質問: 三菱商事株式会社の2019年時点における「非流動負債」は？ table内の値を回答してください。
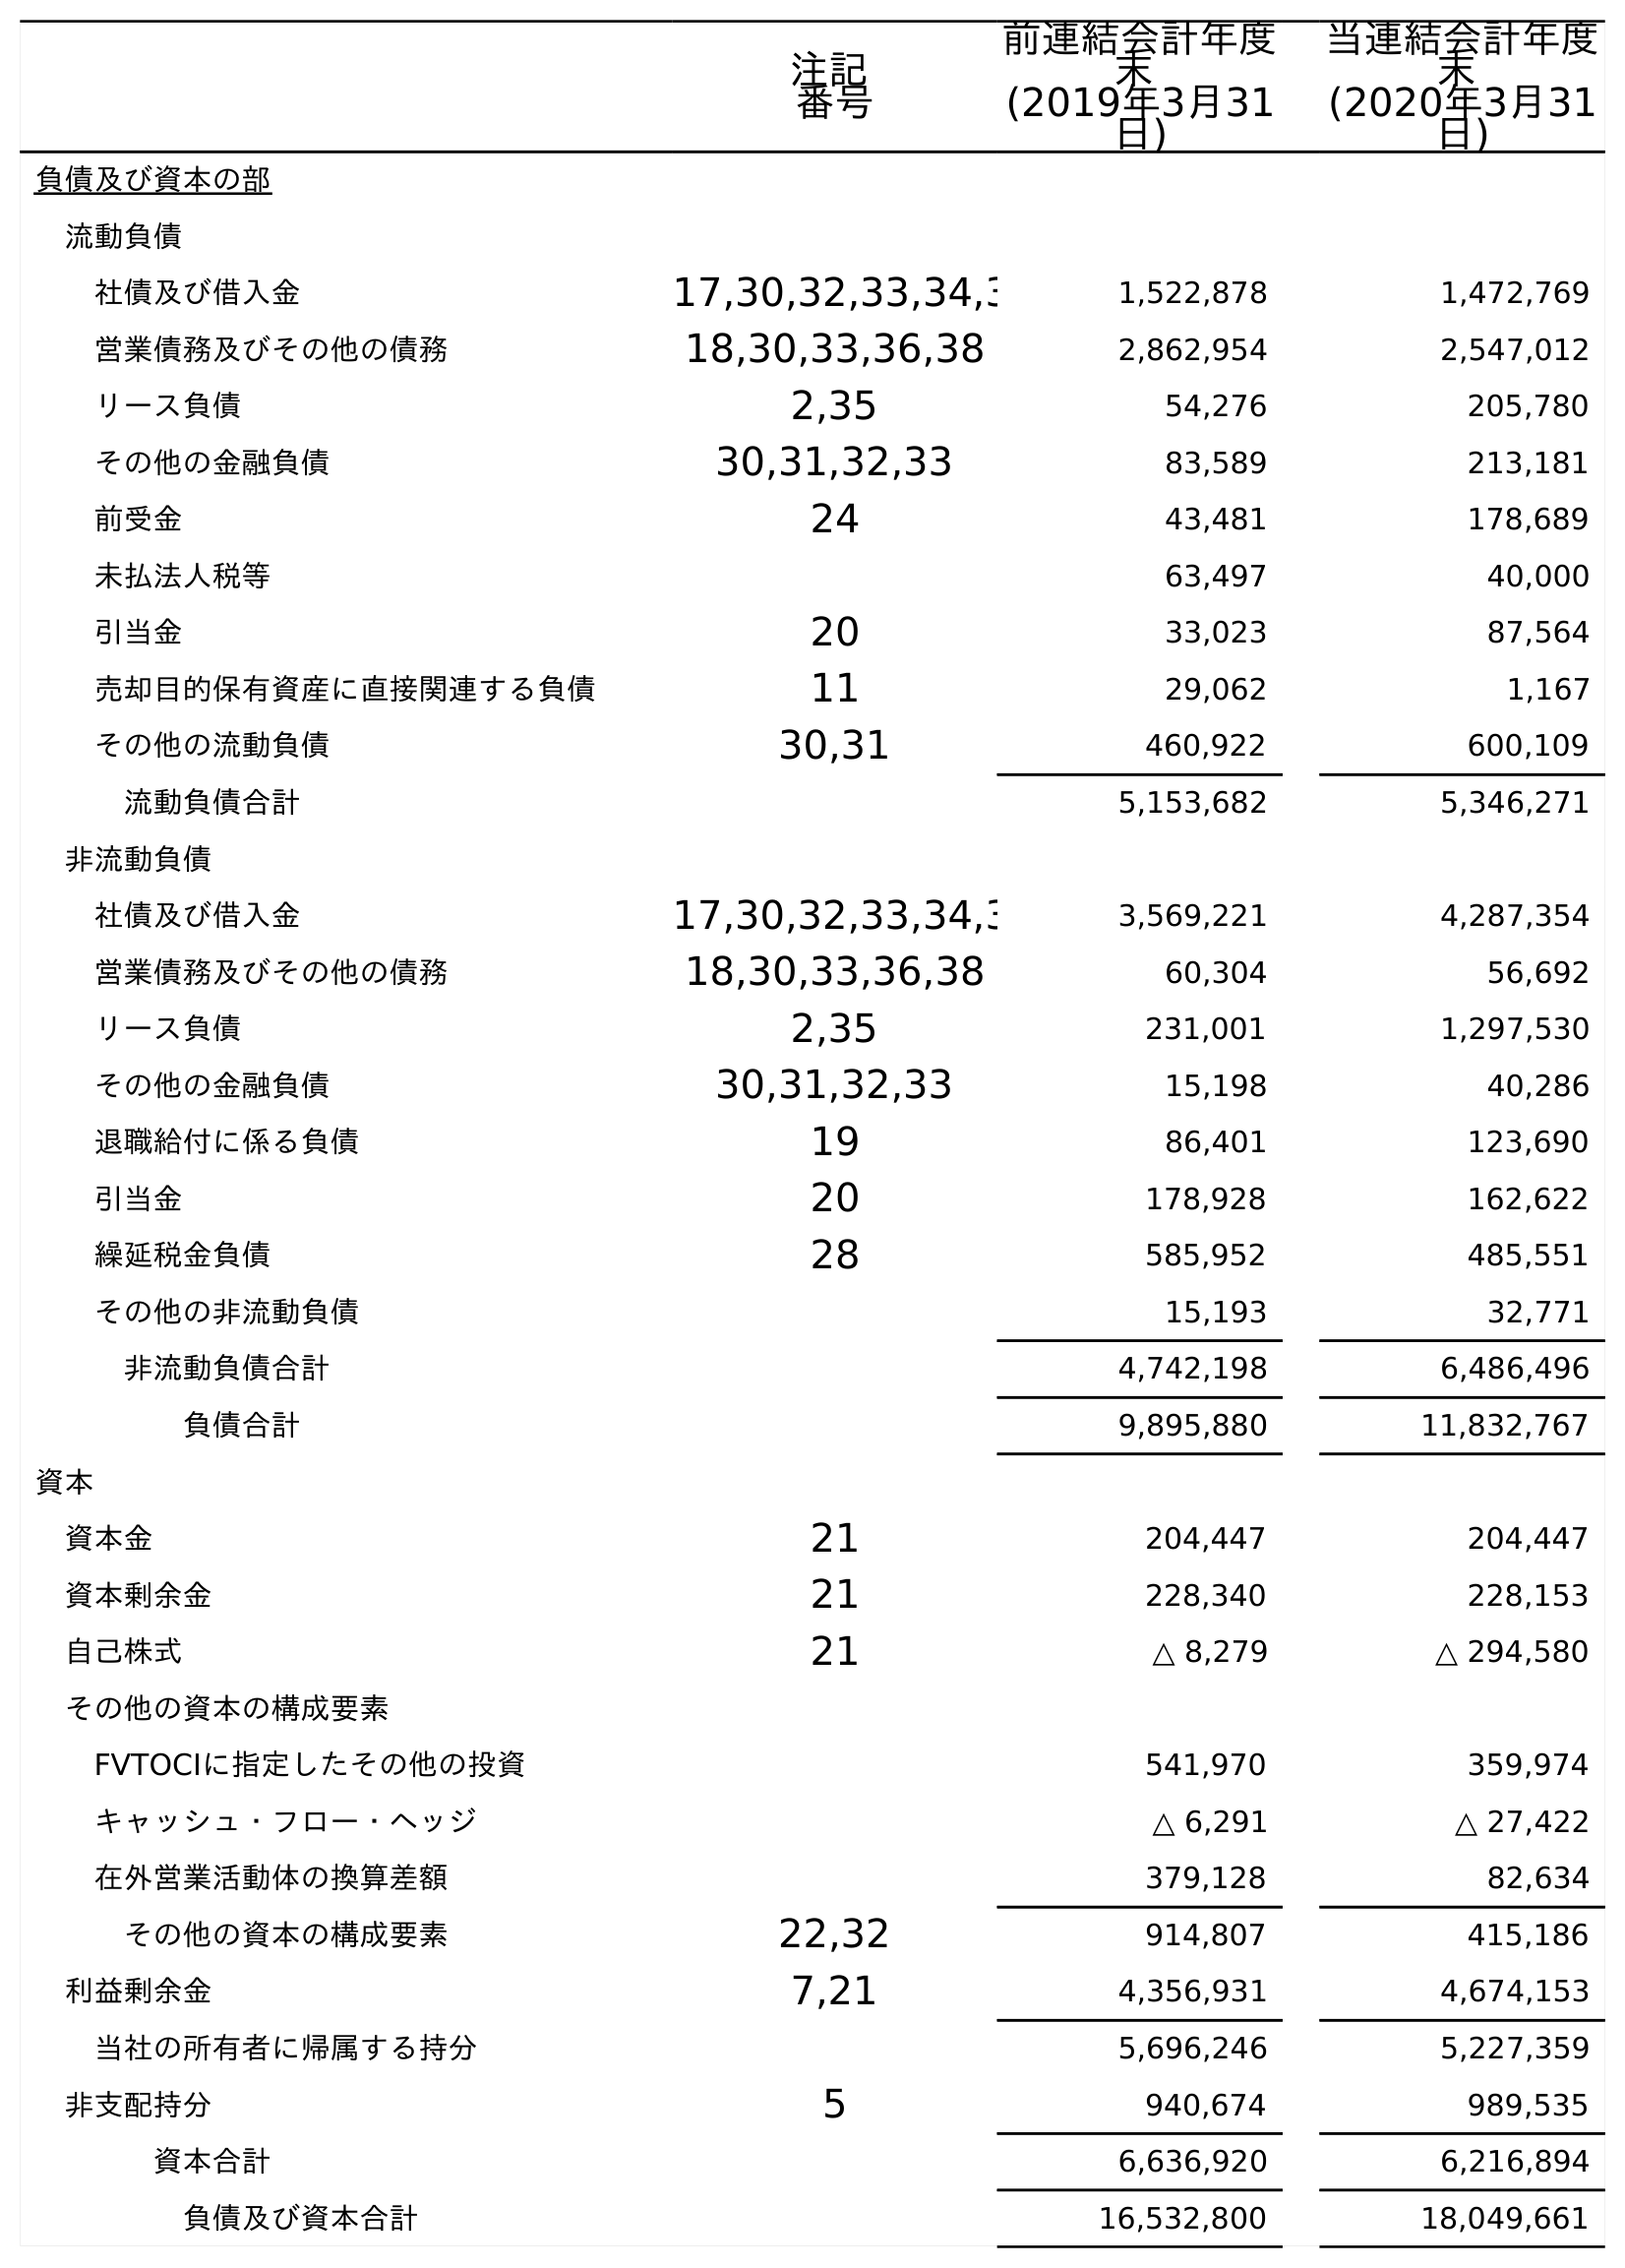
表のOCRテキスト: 注記 番号 前連結会計年度 末 (2019年3月31 日) 当連結会計年度 末 (2020年3月31 日) 負債及び資本の部 流動負債 社債及び借入金 17,30,32,33,34,3 1,522,878 1,472,769 営業債務及びその他の債務 18,30,33,36,38 2,862,954 2,547,012 リース負債 2,35 54,276 205,780 その他の金融負債 30,31,32,33 83,589 213,181 前受金 24 43,481 178,689 未払法人税等 63,497 40,000 引当金 20 33,023 87,564 売却目的保有資産に直接関連する負債 11 29,062 1,167 その他の流動負債 30,31 460,922 600,109 流動負債合計 5,153,682 5,346,271 非流動負債 社債及び借入金 17,30,32,33,34,3 3,569,221 4,287,354 営業債務及びその他の債務 18,30,33,36,38 60,304 56,692 リース負債 2,35 231,001 1,297,530 その他の金融負債 30,31,32,33 15,198 40,286 退職給付に係る負債 19 86,401 123,690 引当金 20 178,928 162,622 繰延税金負債 28 585,952 485,551 その他の非流動負債 15,193 32,771 非流動負債合計 4,742,198 6,486,496 負債合計 9,895,880 11,832,767 資本 資本金 21 204,447 204,447 資本剰余金 21 228,340 228,153 自己株式 21 △ 8,279 △ 294,580 その他の資本の構成要素 FVTOCIに指定したその他の投資 541,970 359,974 キャッシュ・フロー・ヘッジ △ 6,291 △ 27,422 在外営業活動体の換算差額 379,128 82,634 その他の資本の構成要素 22,32 914,807 415,186 利益剰余金 7,21 4,356,931 4,674,153 当社の所有者に帰属する持分 5,696,246 5,227,359 非支配持分 5 940,674 989,535 資本合計 6,636,920 6,216,894 負債及び資本合計 16,532,800 18,049,661
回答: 4,742,198